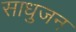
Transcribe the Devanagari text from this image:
साधुजन